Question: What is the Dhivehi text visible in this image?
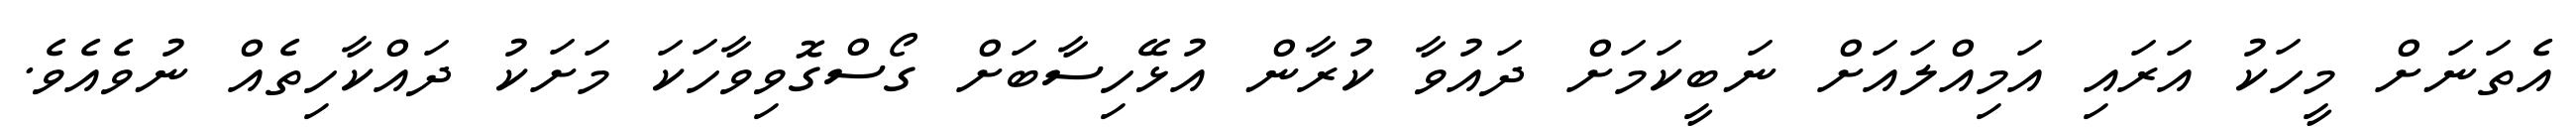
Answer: އެތަނަށް މީހަކު އަރައި އަމިއްލައަށް ނަބީކަމަށް ދައުވާ ކުރާން އުޅޭހިސާބަށް ގޯސްގޮވިވާހަކަ މަށަކު ދައްކާހިތެއް ނުވެއެވެ.